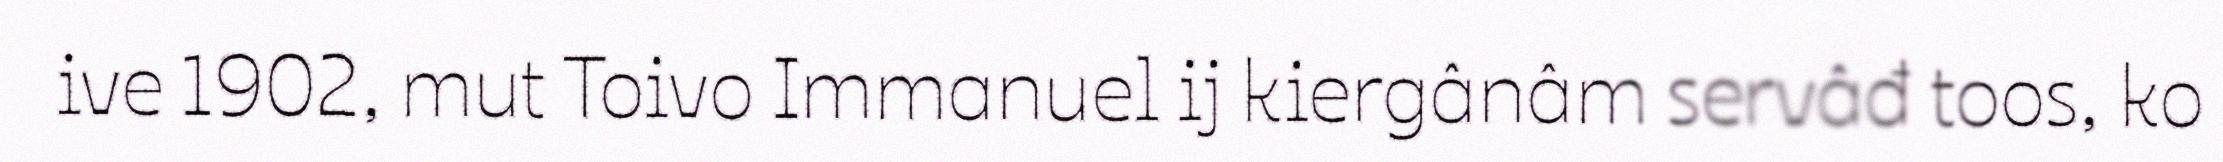
ive 1902, mut Toivo Immanuel ij kiergânâm servâđ toos, ko